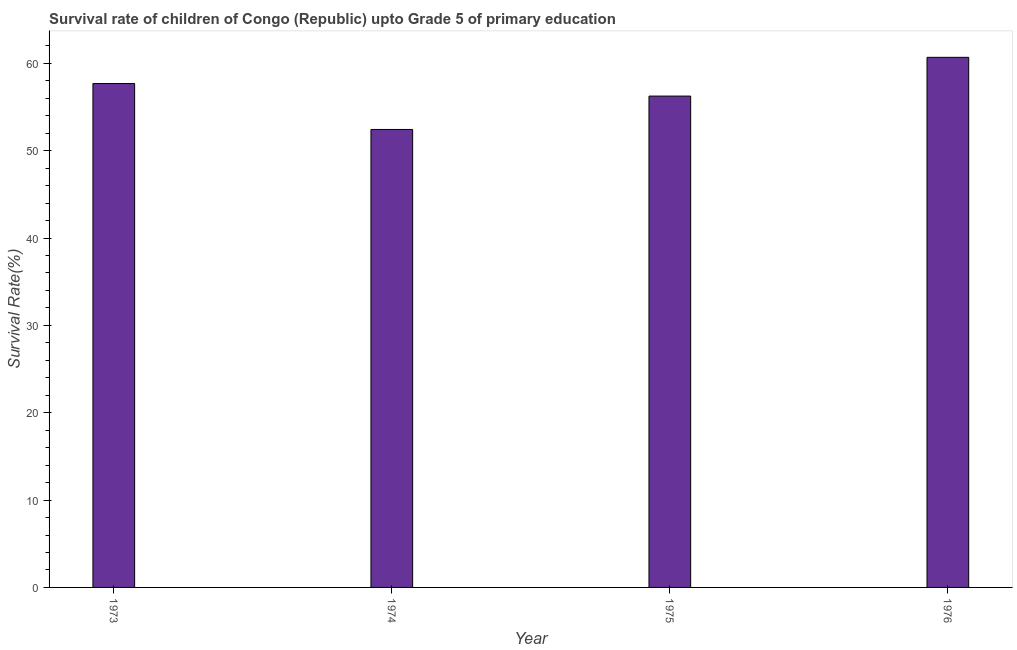
| Year | Survival rate |
 | --- | --- |
 | 1973 | 57.7 |
 | 1974 | 52.4 |
 | 1975 | 56.3 |
 | 1976 | 60.7 |